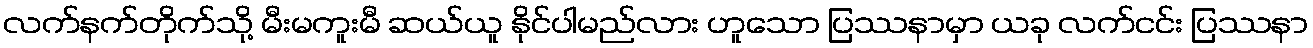
လက်နက်တိုက်သို့ မီးမကူးမီ ဆယ်ယူ နိုင်ပါမည်လား ဟူသော ပြဿနာမှာ ယခု လက်ငင်း ပြဿနာ